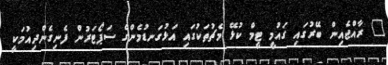
" ރާއްޖެއިން ބޭރުގައި ގައުމީ ޓީމް ކުޅޭ މެޗުތަކުގައި އަޅުގަނޑުމެންގެ ސަޕޯޓަރުން ފެނިގެންދިއުމަކީ